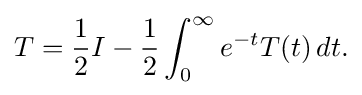
\displaystyle {T={1 \over 2}I-{1 \over 2}\int _{0}^{\infty }e^{-t}T(t)\,dt.}